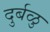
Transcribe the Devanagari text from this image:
दुर्बळु